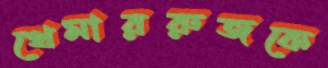
খেমাররুজকে